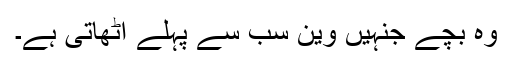
وہ بچے جنہیں وین سب سے پہلے اٹھاتی ہے۔